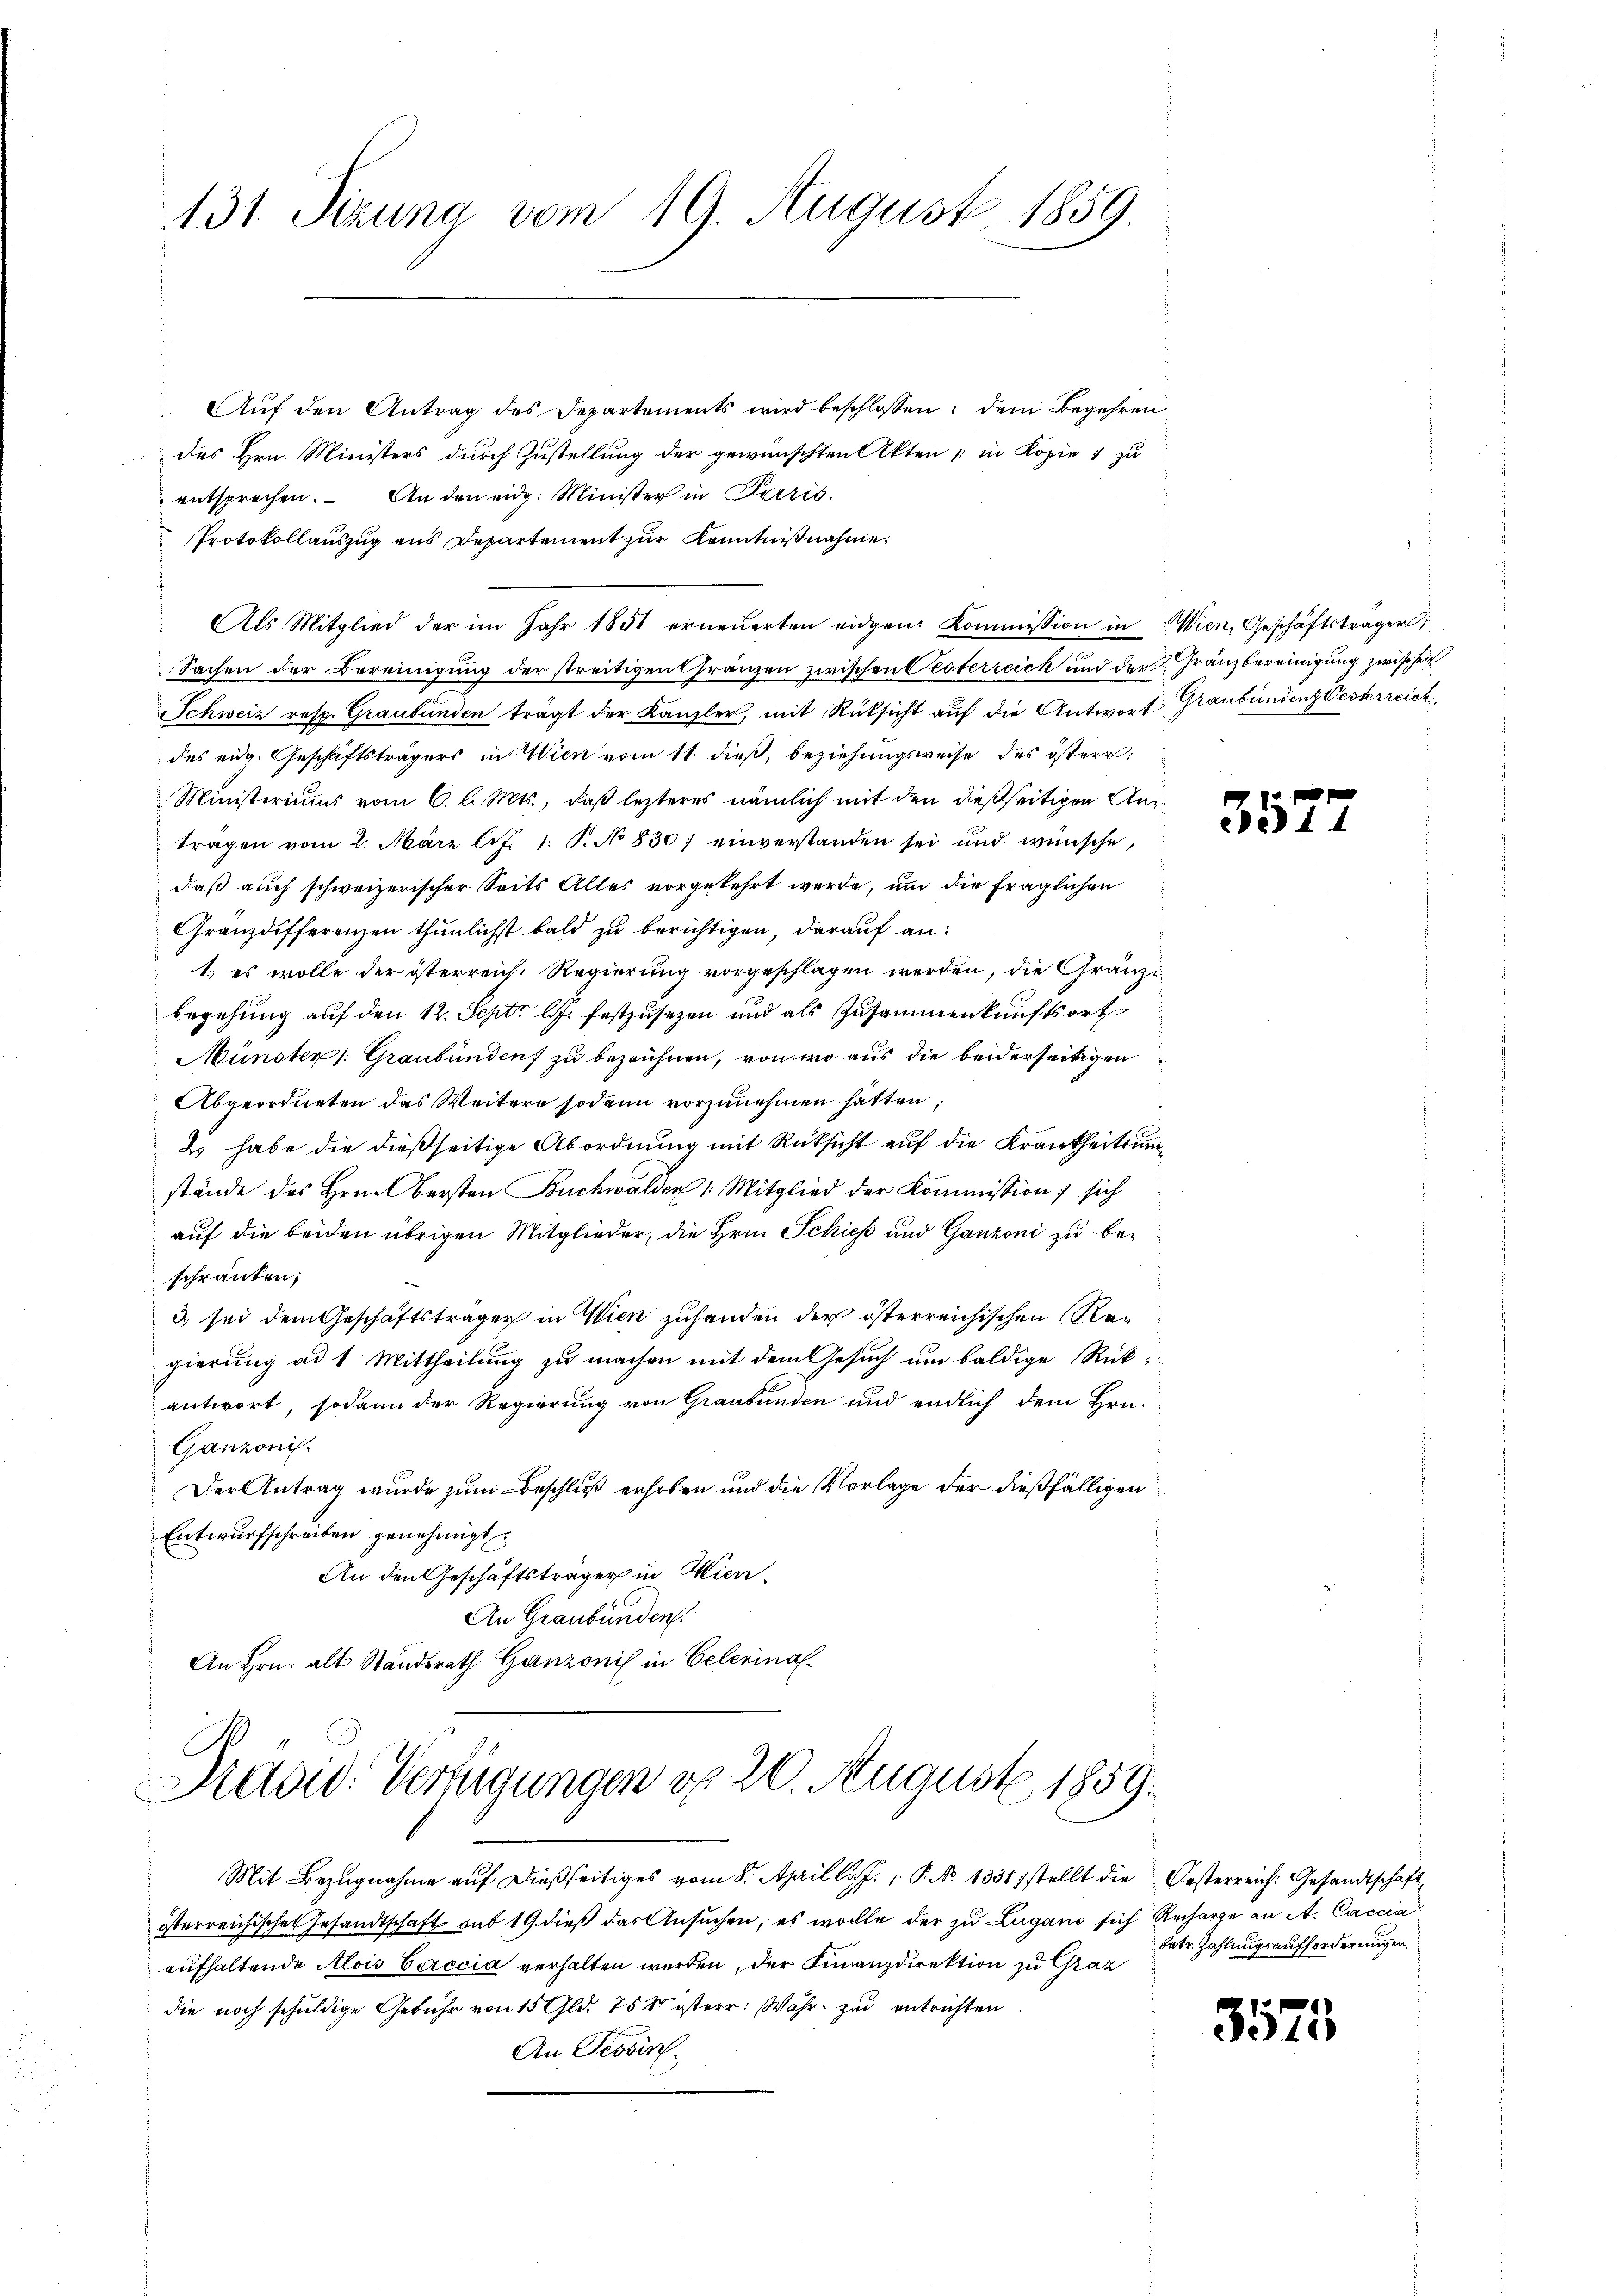
Aŭf den Antrag des Departements wird beschlossen: dem Begehren
des Hrn. Ministers durch Zustellung der gewünschten Akten, in Kopie 1 zu
entsprechen. An den eidg. Minister in Paris.
Protokollauszug aus Departement zur Kenntnißnahme.
Als Mitglied der im Jahr 1851 erneuerten eidgen. Kommission in Wien, Geschäftsträger
Sachen der Bereinigung der streitigen Franzen zwischen Oesterreich und der Franzbereinigung zwischen
Schweiz resp. Graubünden trägt der Kanzler, mit Rüksicht aŭf die Antwort Graubündenz Vesterreich
des eidg. Geschäftsträgers in Wien vom 11. dieß, beziehungsweise des österr
Ministeriums vom 6. l. Mts., daß lezteres nämlich mit den dießseitigen Anträgen vom 2. März l.J. 1. P. No 830 einverstanden sei und wünsche,
daß auch schweizerischer Seits Alles vorgekehrt werde, um die fraglichen
Granzdifferenzen thunlichst bald zu berichtigen, darauf an:
1) es wolle der österreich. Regierung vorgeschlagen werden, die Gränze
begehung auf den 12. Sept. l. J. festzusetzen und als Zusammenkunftsort
Münster /: Graubünden zu bezeichnen, von wo aus die beiderseitigen
Abgeordneten das Weitere sodann vorzunehmen hätten,
2 habe die dießseitige Abordnung mit Rücksicht auf die Krankheitsumstände des Hrnn bersten Buchwalden 1. Mitglied der Kommission ; sich
auf die beiden übrigen Mitglieder, die Hrn. Schiess und Ganzoni zu beschränken;
3) sei dem Geschäftsträger in Wien zuhanden der österreichischen Rei
gierung ad 1. Mittheilung zu machen mit dem Gesuch um baldige Rück
antwort, sodann der Regierung von Graubünden und endlich dem Hrn.
Ganzonis.
Der Antrag wurde zum Beschluß erhoben und die Vorlage der dießfälligen
Entwurfschreiben genehmigt.
An den Geschäftsträger in Wien¬
An Graubünden.
An Hrn. alt Standerath Ganzonis in Celerinal¬

131. Sizung vom 19. August 1859.

Präsid. Verfügungen do 20. August 1859.

Mit Bezugnahme auf dießseitiges vom 8. April l. J. P. Nr. 1331 stellt die Oesterreich: Gesandtschaft
österreichischen Gesandtschaft sub 19. dieß das Ansuchen, es wolle der zu Lugano sich Recharge an A. Caccia
aufhaltende Alois Caccia verhalten werden, der Finanzdirektion zu Graz
die noch schuldige Gebühr von 15 Gld. 758 österr. Wahr- zu entrichten.
An Tessin.

3577

betr. Zahlungsaufforderungen

3575